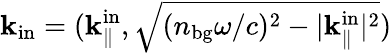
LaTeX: {\mathbf k}_{\mathrm{in}}=({\mathbf k}_{\parallel}^{\mathrm{in}},\sqrt{(n_{\mathrm{bg}}\omega/c)^{2}-|{\mathbf k}_{\parallel}^{\mathrm{in}}|^{2}})